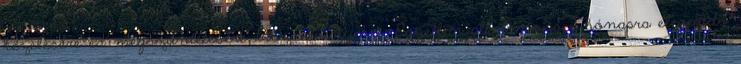
kezelésére és megszüntetésére Dísznövényekre. Egyetlen alkalmazás 2 hónapra elegendő